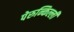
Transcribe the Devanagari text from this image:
पेरुन्किल्ली